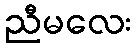
ညီမလေး